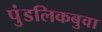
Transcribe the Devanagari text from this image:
पुंडलिकबुवा